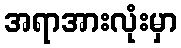
အရာအားလုံးမှာ